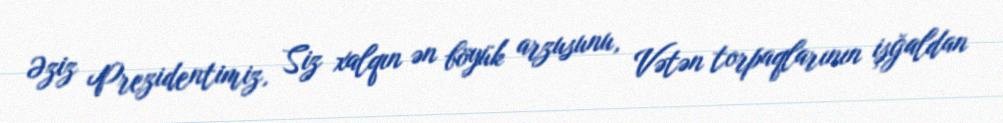
Əziz Prezidentimiz, Siz xalqın ən böyük arzusunu, Vətən torpaqlarının işğaldan